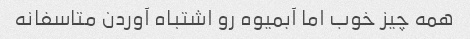
همه چیز خوب اما آبمیوه رو اشتباه آوردن متاسفانه